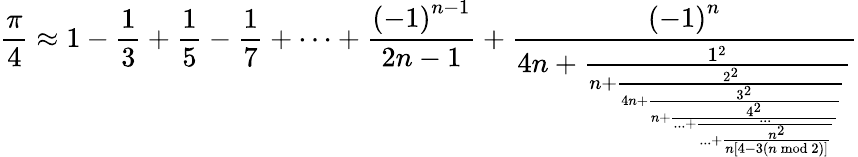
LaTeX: {\frac{\pi}{4}}\approx 1-{\frac{1}{3}}+{\frac{1}{5}}-{\frac{1}{7}}+\cdots+{\frac{\left(-1\right)^{n-1}}{2n-1}}+{\frac{\left(-1\right)^{n}}{4n+{\frac{1^{2}}{n+{\frac{2^{2}}{4n+{\frac{3^{2}}{n+{\frac{4^{2}}{...+{\frac{...}{...+{\frac{n^{2}}{n\left[4-3\left(n{\bmod{2}}\right)\right]}}}}}}}}}}}}}}